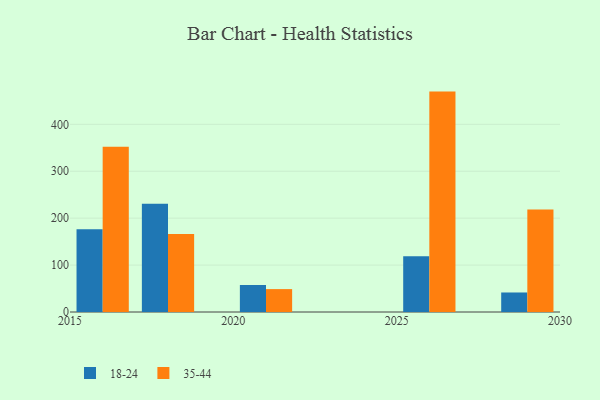
{"axis": {"x": "Year", "y": "Website Visitors"}, "legend": ["18-24", "35-44"], "data": [{"x": "2021", "y": 57.5, "type": "18-24"}, {"x": "2021", "y": 48.8, "type": "35-44"}, {"x": "2026", "y": 118.7, "type": "18-24"}, {"x": "2026", "y": 469.7, "type": "35-44"}, {"x": "2029", "y": 41.6, "type": "18-24"}, {"x": "2029", "y": 218.3, "type": "35-44"}, {"x": "2018", "y": 230.9, "type": "18-24"}, {"x": "2018", "y": 166.4, "type": "35-44"}, {"x": "2016", "y": 176.6, "type": "18-24"}, {"x": "2016", "y": 352.0, "type": "35-44"}]}